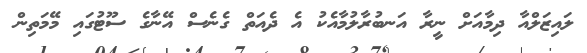
ލައިޒަލްއާ ދިމާއަށް ނީރާ އަނބުރާލުމާއެކު އެ ދެއަތް ގެނެސް އޭނާގެ ސޫޓުގައި މޭމަތިން